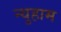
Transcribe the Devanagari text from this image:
न्युहाम